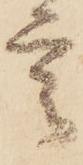
言